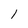
Character: l